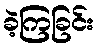
ခဲ့ကြခြင်း